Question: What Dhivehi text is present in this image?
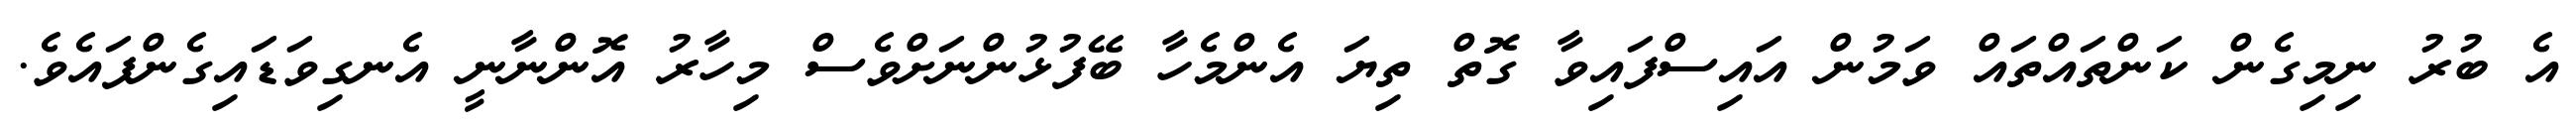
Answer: އެ ބުރު ނިމިގެން ކަންތައްތައް ވަމުން އައިސްފައިވާ ގޮތް ތިޔަ އެންމެހާ ބޭފުޅުންނަށްވެސް މިހާރު އޮންނާނީ އެނގިވަޑައިގެންފައެވެ.